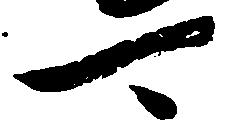
可